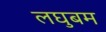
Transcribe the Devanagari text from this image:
लघुबम